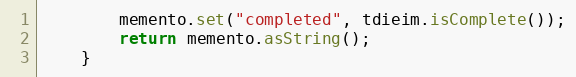
Language: Java
        memento.set("completed", tdieim.isComplete());
        return memento.asString();
    }